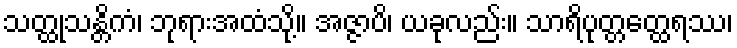
သတ္ထုသန္တိကံ၊ ဘုရားအထံသို့။ အဇ္ဇာပိ၊ ယခုလည်း။ သာရိပုတ္တတ္ထေရဿ၊